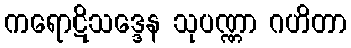
ကရောဋိသဒ္ဒေန သုပဏ္ဏာ ဂဟိတာ